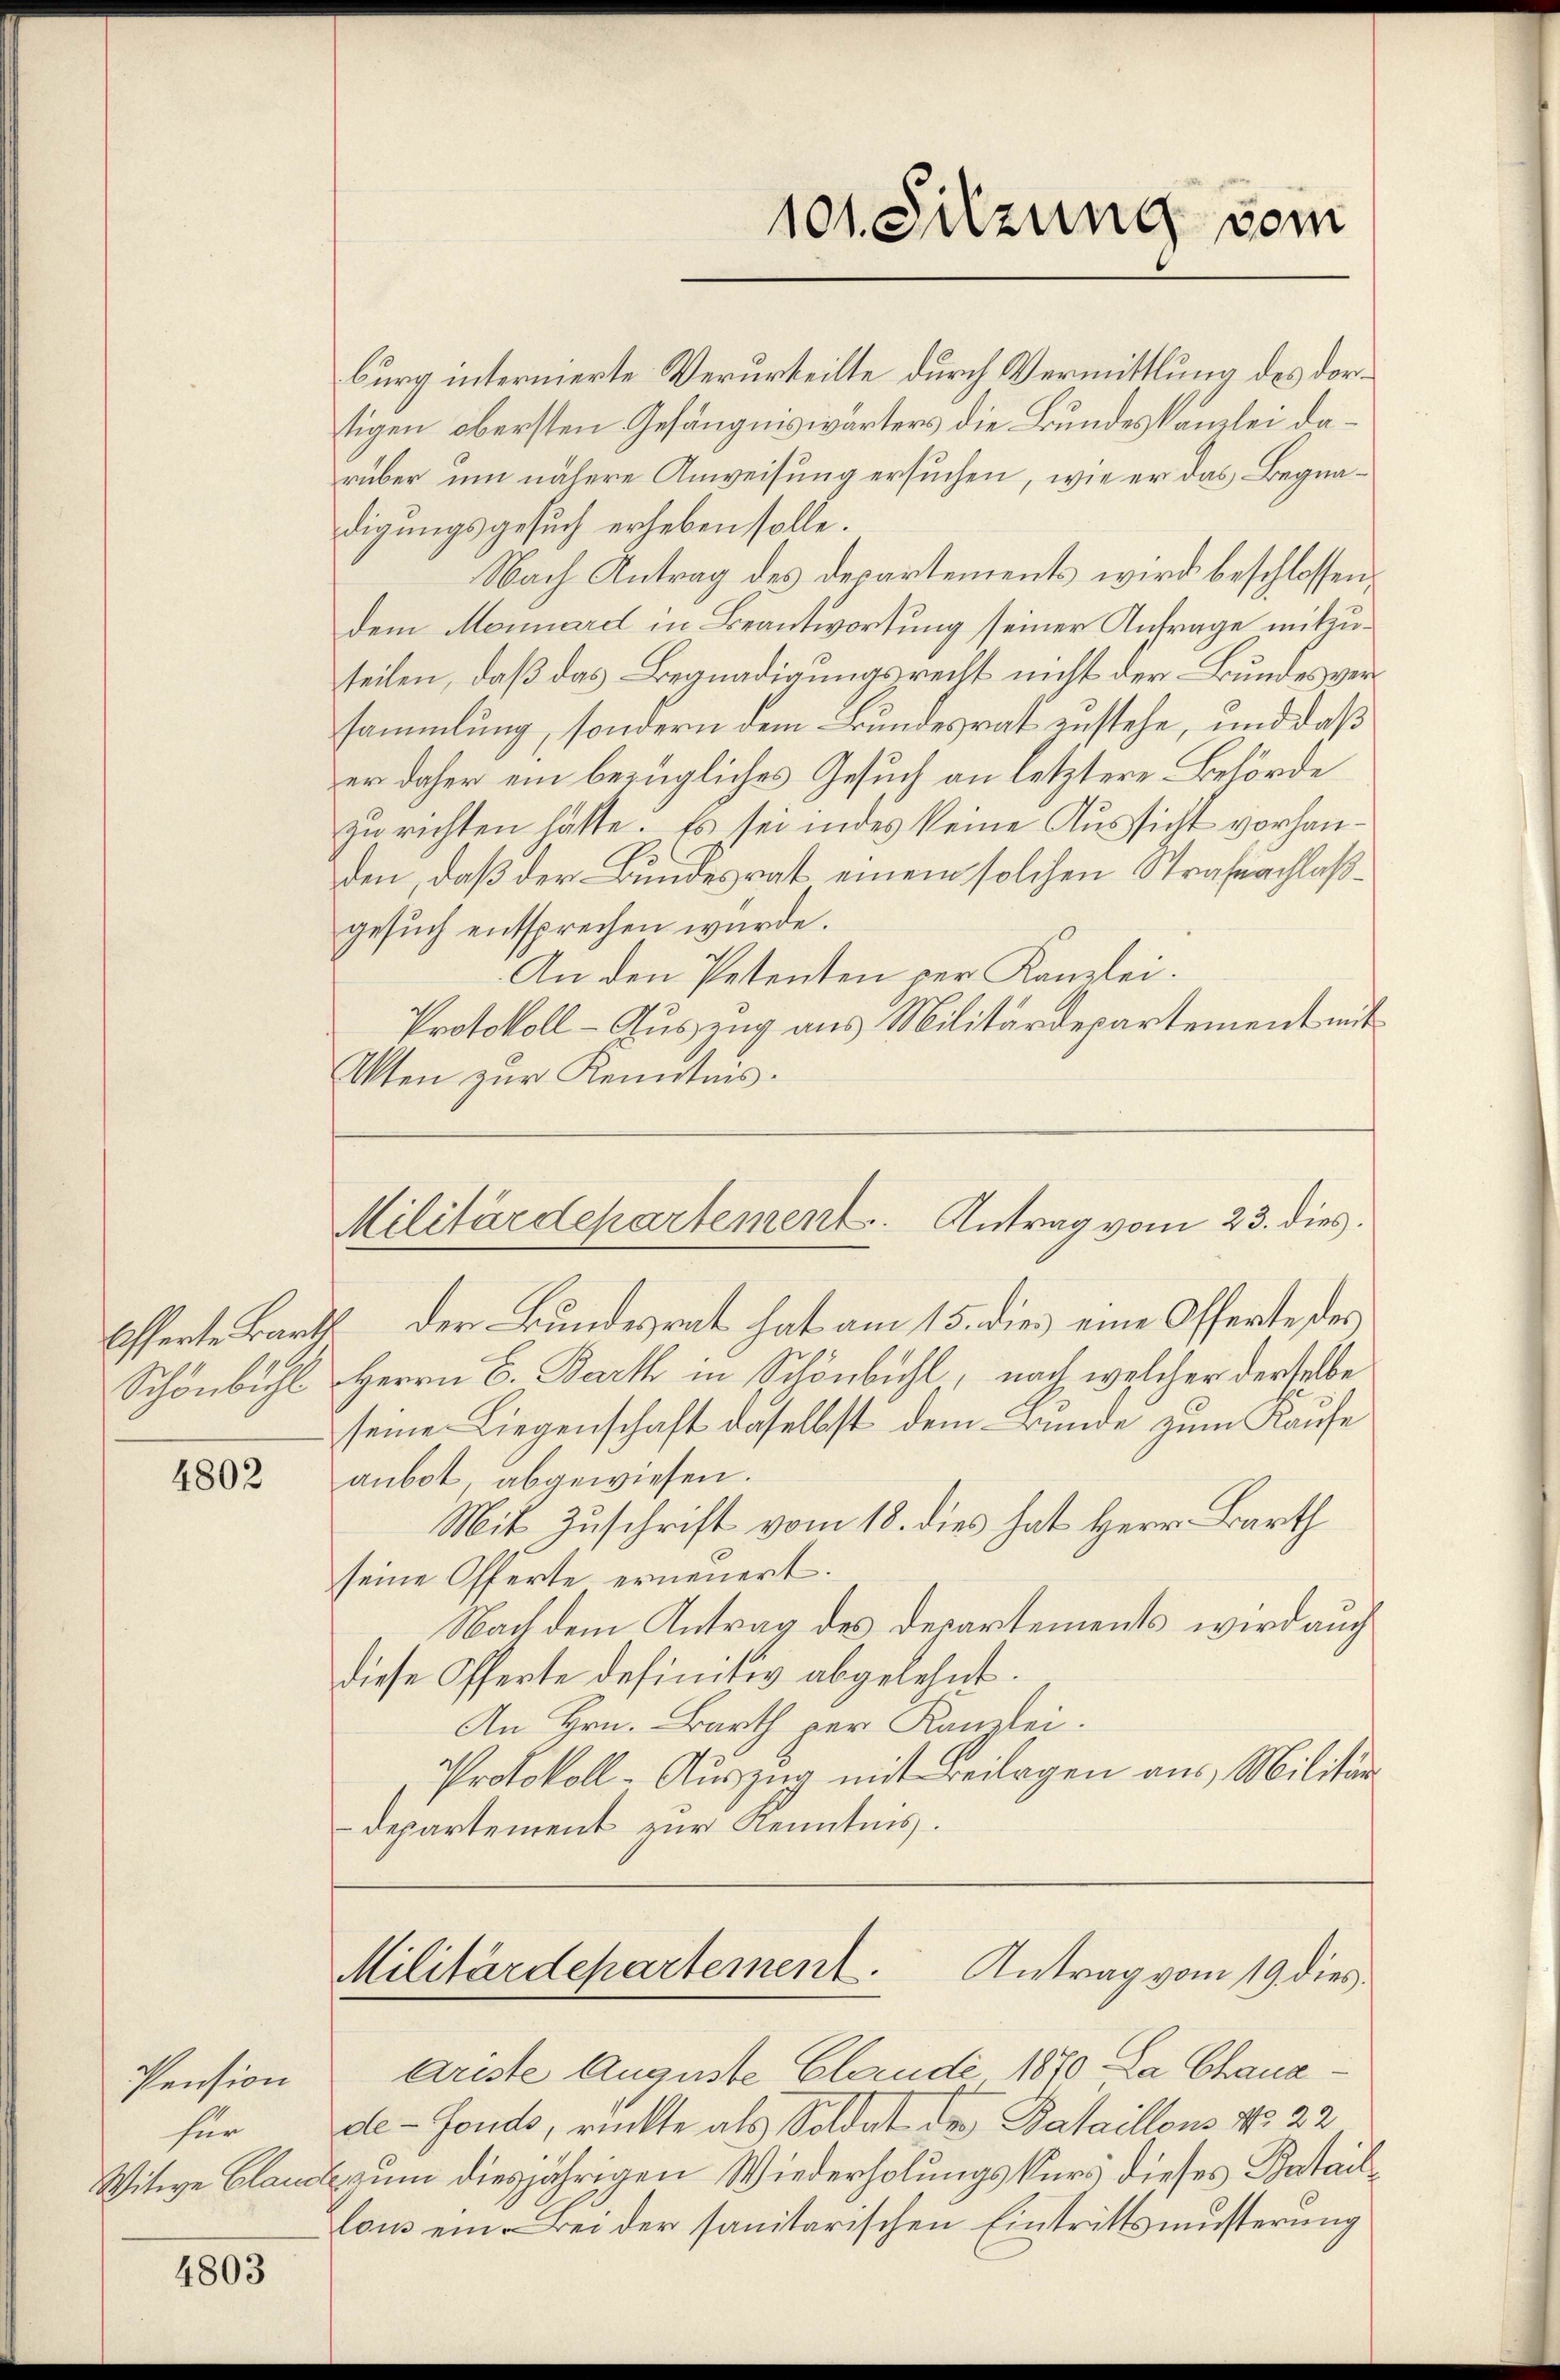
Schönbühl

4802

Pension
für
Witwe Clau

4803

burg internierte Verurteilte durch Vermittlung des dortigen obersten Gefängniswärters die Bundeskanzlei darüber um nähere Anweisung ersuchen, wie er das Begnadigungsgesuch erheben solle.
Nach Antrag des Departements wird beschlossen,
dem Monnard in Beantwortung seiner Anfrage mitzuteilen, daß das Begnadigungsrecht nicht der Bundes versammlung, sondern dem Bundesrat enstehe, und daß
er daher ein bezügliches Gesuch an letztere Behörde
zu richten hatte. Es sei indes keine Aussicht vorhanden, daß der Bundesrat einem solchen Strafnachlaßgesuch entsprechen würde.
An den Petenten per Kanzlei.
Protokoll - Auszug aus Militärdepartement mit
Akten zur Kenntnis.

Efferte Barth der Bundesrat hat am 15. die eine Offerte des
Herrn E. Bart in Schönbühl, nach welcher derselbe
seine Liegenschaft daselbst dem Bunde zum Kaufe
anbot, abgewiesen.
Mit Zuschrift vom 18. dies hat Herr Barth
seine Offerte erneuert.
Nach dem Antrag des Departements wird auch
diese Offerte definitiv abgelehnt.
An Hrn. Barth per Kanzlei.
Protokoll-Auszug mit Beilagen aus Militär
-Departement zur Kenntnis.
Militärdepartement. Antrag vom 19. dies
briste Auguste Claude 1890 La Chanade-Fonds, rückte als Soldat der Bataillons No. 22
Ezum diesjährigen Wiederholungskurs dieses Bataillous ein Bei der sanitarischen Eintrittsmusterung

101. Sitzung vom

Militärdepartement. Antrag vom 23. dies